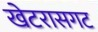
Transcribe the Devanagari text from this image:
खेटरासगट